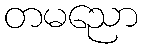
တမညော